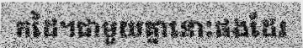
កដៃ។ជាមួយគ្នានោះផងដែរ